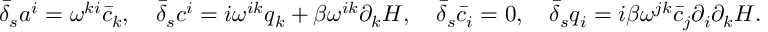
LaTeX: \nonumber \bar { \delta } _ { s } a ^ { i } = \omega ^ { k i } \bar { c } _ { k } , \quad \bar { \delta } _ { s } c ^ { i } = i \omega ^ { i k } q _ { k } + \beta \omega ^ { i k } \partial _ { k } H , \quad \bar { \delta } _ { s } \bar { c } _ { i } = 0 , \quad \bar { \delta } _ { s } q _ { i } = i \beta \omega ^ { j k } \bar { c } _ { j } \partial _ { i } \partial _ { k } H .